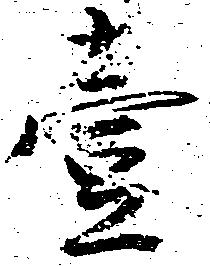
壱